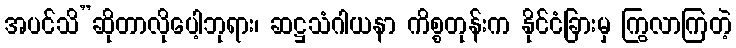
အပင်သိ”ဆိုတာလိုပေါ့ဘုရား၊ ဆဋ္ဌသံဂါယနာ ကိစ္စတုန်းက နိုင်ငံခြားမှ ကြွလာကြတဲ့